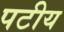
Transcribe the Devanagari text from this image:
पटीय